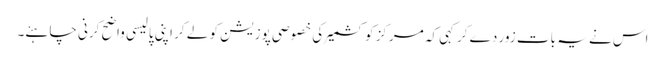
اس نے یہ بات زور دے کرکہی کہ مرکز کو کشمیر کی خصوصی پوزیشن کو لے کر اپنی پالیسی واضح کرنی چاہئے۔